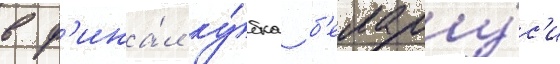
в ф'ина́л ку́бка б'елару́с'и